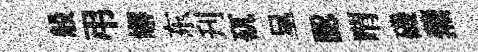
般弔嶰东刋矹呈認喟磯蕪